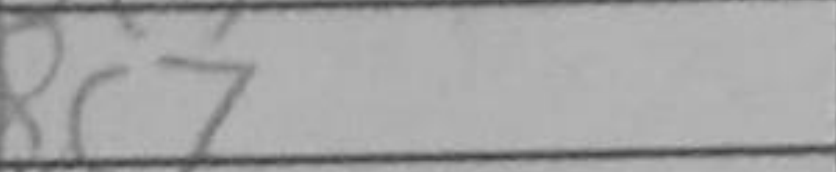
Transcription: Bc7